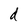
Character: d